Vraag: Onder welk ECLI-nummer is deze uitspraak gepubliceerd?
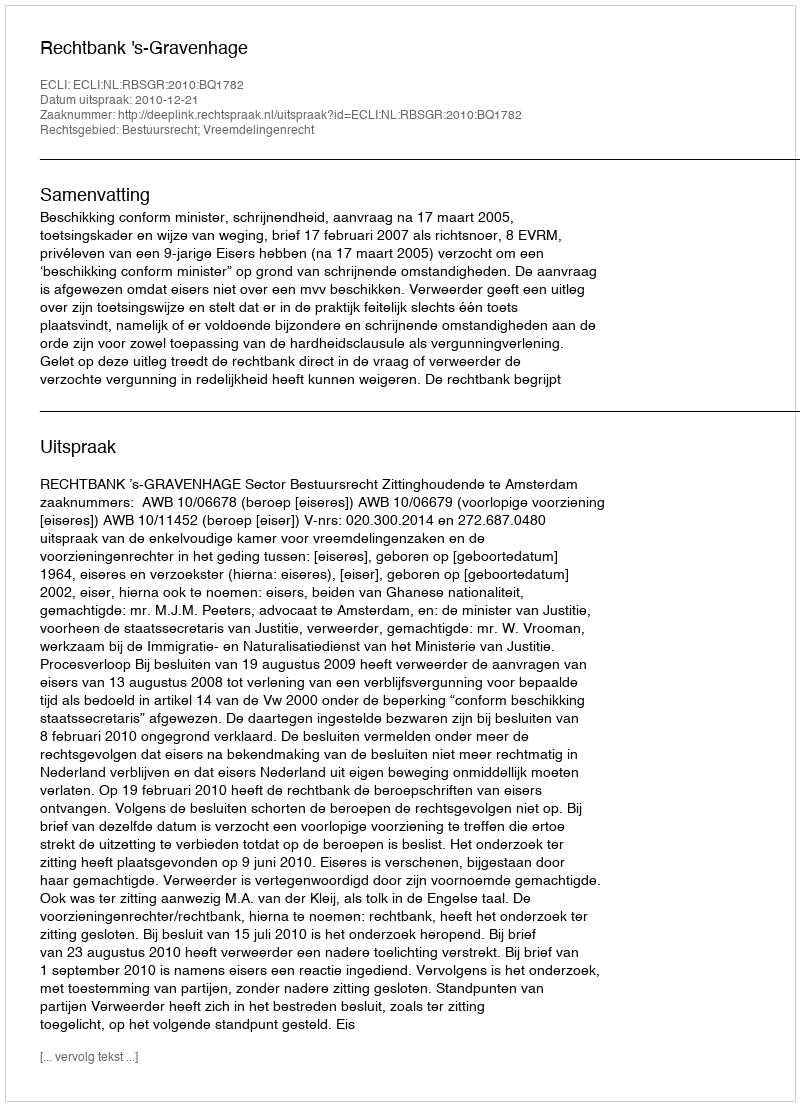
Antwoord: ECLI:NL:RBSGR:2010:BQ1782